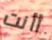
أأنت